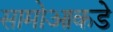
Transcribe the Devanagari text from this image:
सामोआकडे